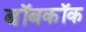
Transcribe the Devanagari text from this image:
बॉबकॉक